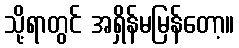
သို့ရာတွင် အရှိန်မမြန်တော့။